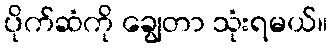
ပိုက်ဆံကို ချွေတာ သုံးရမယ်။